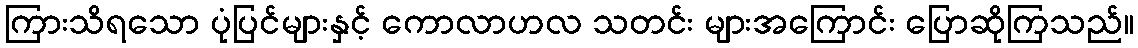
ကြားသိရသော ပုံပြင်များနှင့် ကောလာဟလ သတင်း များအကြောင်း ပြောဆိုကြသည်။